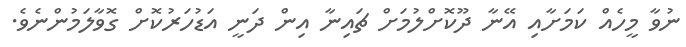
ނުވާ މީހެއް ކަމަށާއި އޭނާ ދޫކޮށްލުމަށް ޗައިނާ އިން ދަނީ އަޑުހަރުކޮށް ގޮވާލަމުންނެވެ.